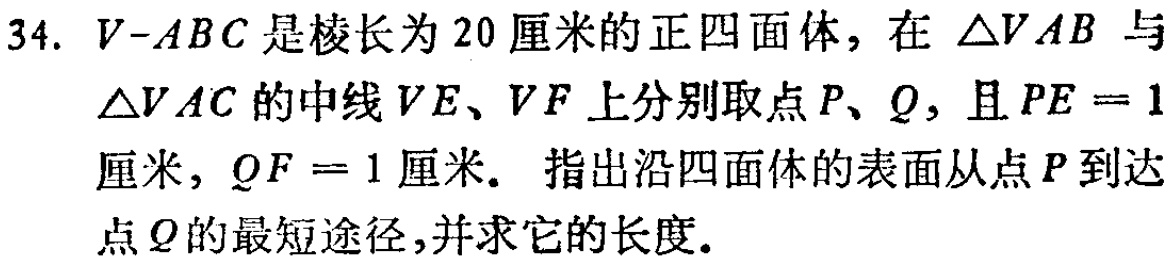
34. \(V - ABC\)是棱长为20厘米的正四面体，在\(\triangle VAB\)与\(\triangle VAC\)的中线\(VE、VF\)上分别取点\(P、Q\)，且\(PE = 1\)厘米，\(QF = 1\)厘米。指出沿四面体的表面从点\(P\)到达点\(Q\)的最短途径，并求它的长度。